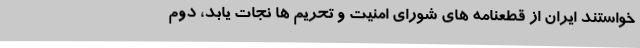
خواستند ایران از قطعنامه های شورای امنیت و تحریم ها نجات یابد، دوم